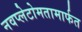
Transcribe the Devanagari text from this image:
नवप्लेटोमतामार्फत